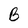
Character: B